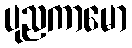
ပုညကာမော